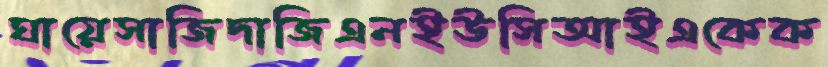
ঘায়েসাজিদাজিএনইউসিআইএকেক